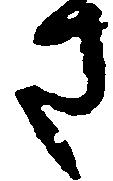
さ